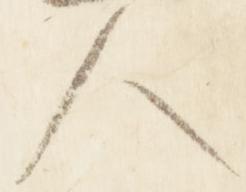
人